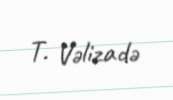
T. Vəlizadə